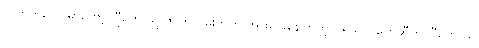
လတ်တလောမှာတော့ ဂျီဟောသူ ဇာတ်လမ်းတွဲကို အားပေးနေကြတဲ့ ပရိသတ်တွေဆီက ဂျီဟောသူ